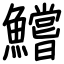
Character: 鱨